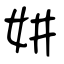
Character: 妌